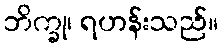
ဘိက္ခု၊ ရဟန်းသည်။